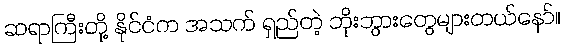
ဆရာကြီးတို့ နိုင်ငံက အသက် ရှည်တဲ့ ဘိုးဘွားတွေများတယ်နော်။